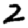
Digit: 2